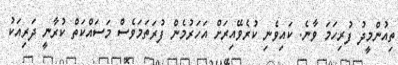
ތިއުންމީދު ފުރިހަމަ ވާނެ. ކައިވެނި ކުރެވޭއިރަށް އަހަރުމެން ފުރަތަމަވެސް މަސައްކަތް ކުރާނީ ދަރިއަކު